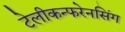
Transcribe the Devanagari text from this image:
टेलीकन्फरेनसिंग